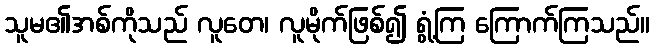
သူမ၏အစ်ကိုသည် လူတေ၊ လူမိုက်ဖြစ်၍ ရွံ့ကြ ကြောက်ကြသည်။